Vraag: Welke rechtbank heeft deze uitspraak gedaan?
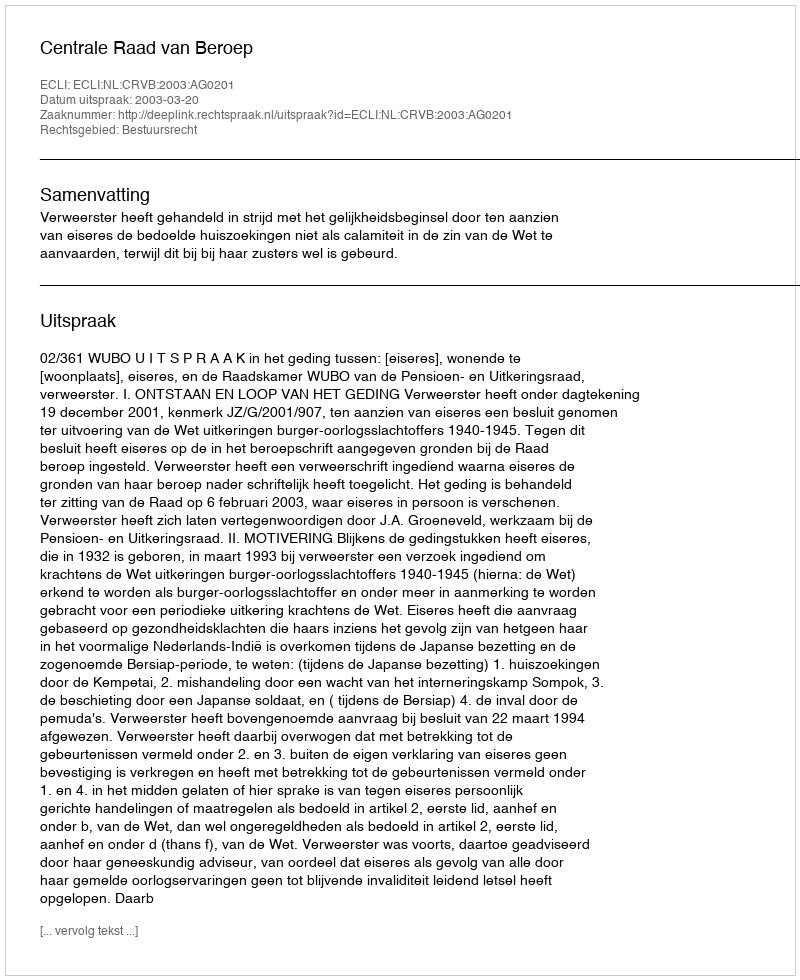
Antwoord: Centrale Raad van Beroep